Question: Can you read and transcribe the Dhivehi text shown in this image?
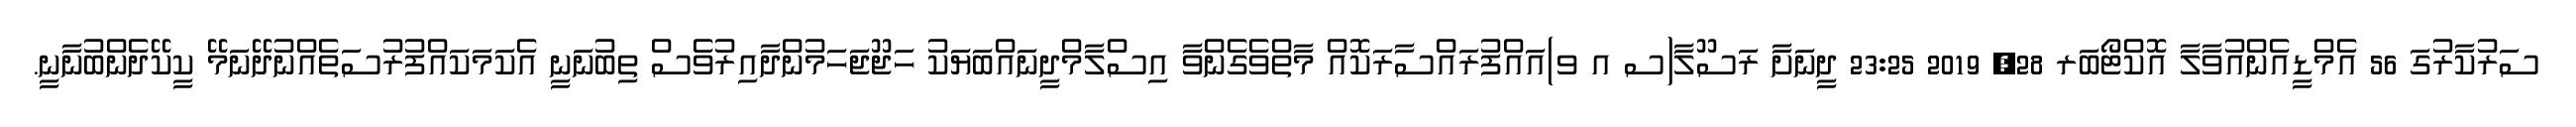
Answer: ސަރުކާރުގަ 56 އެމްޑީއެންއުވާލާ އޮކްޓޯބަރ 28, 2019 23:25 ދީނަށާ ރަސޫލާ(ސ އ ވ)އައްފުރައްސާރަކޮއް މާތްވެގެންވާ އިސްލާމްދީނައްބަޔަކު ހަޖޫޖަހަމުންދާއިރުވެސް ތިބުނަނީ އެކަމަކައްފުރުސަތެއްނުދޭނަމޭ ކީކޭދެންބުނާނީ.